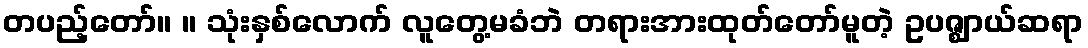
တပည့်တော်။ ။ သုံးနှစ်လောက် လူတွေ့မခံဘဲ တရားအားထုတ်တော်မူတဲ့ ဥပဇ္ဈာယ်ဆရာ